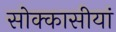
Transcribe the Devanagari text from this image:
सोक्कासीयां